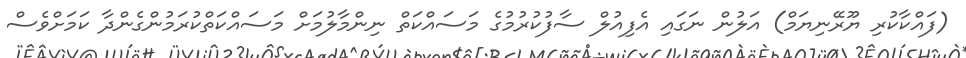
(ފައްކާކުރި ޔޫރޭނިޔަމް) އަލުން ނަގައި އެފިއުލް ސާފުކުރުމުގެ މަސައްކަތް ނިންމާލުމަށް މަސައްކަތްކުރަމުންގެންދާ ކަމަށްވެސް